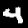
Label: 4